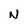
Character: N